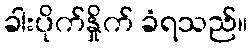
ခါးပိုက်နှိုက် ခံရသည်။